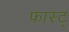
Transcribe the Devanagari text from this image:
फास्ट्